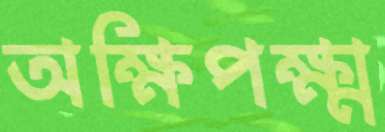
অক্ষিপক্ষ্ম